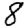
Digit: 8